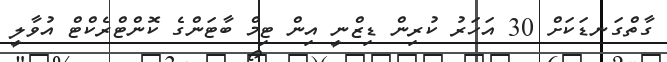
ގާތްގަނޑަކަށް 30 އަހަރު ކުރިން ޑިޒްނީ އިން ޓިމް ބާޓަންގެ ކޮންޓްރެކްޓް އުވާލީ